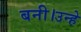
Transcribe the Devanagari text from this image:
बनी।उन्हे